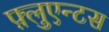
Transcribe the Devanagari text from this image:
फ़्लुएन्टस